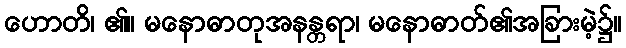
ဟောတိ၊ ၏။ မနောဓာတုအနန္တရာ၊ မနောဓာတ်၏အခြားမဲ့၌။